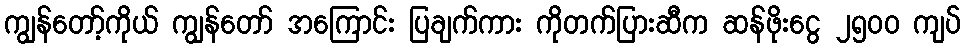
ကျွန်တော့်ကိုယ် ကျွန်တော် အကြောင်း ပြချက်ကား ကိုတက်ပြားဆီက ဆန်ဖိုးငွေ ၂၅၀၀ ကျပ်